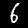
Label: 6